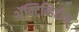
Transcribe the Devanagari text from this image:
अॅक्टिव्हिटीज्